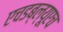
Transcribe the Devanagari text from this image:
एचडब्ल्यूएच